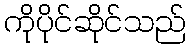
ကိုပိုင်ဆိုင်သည်